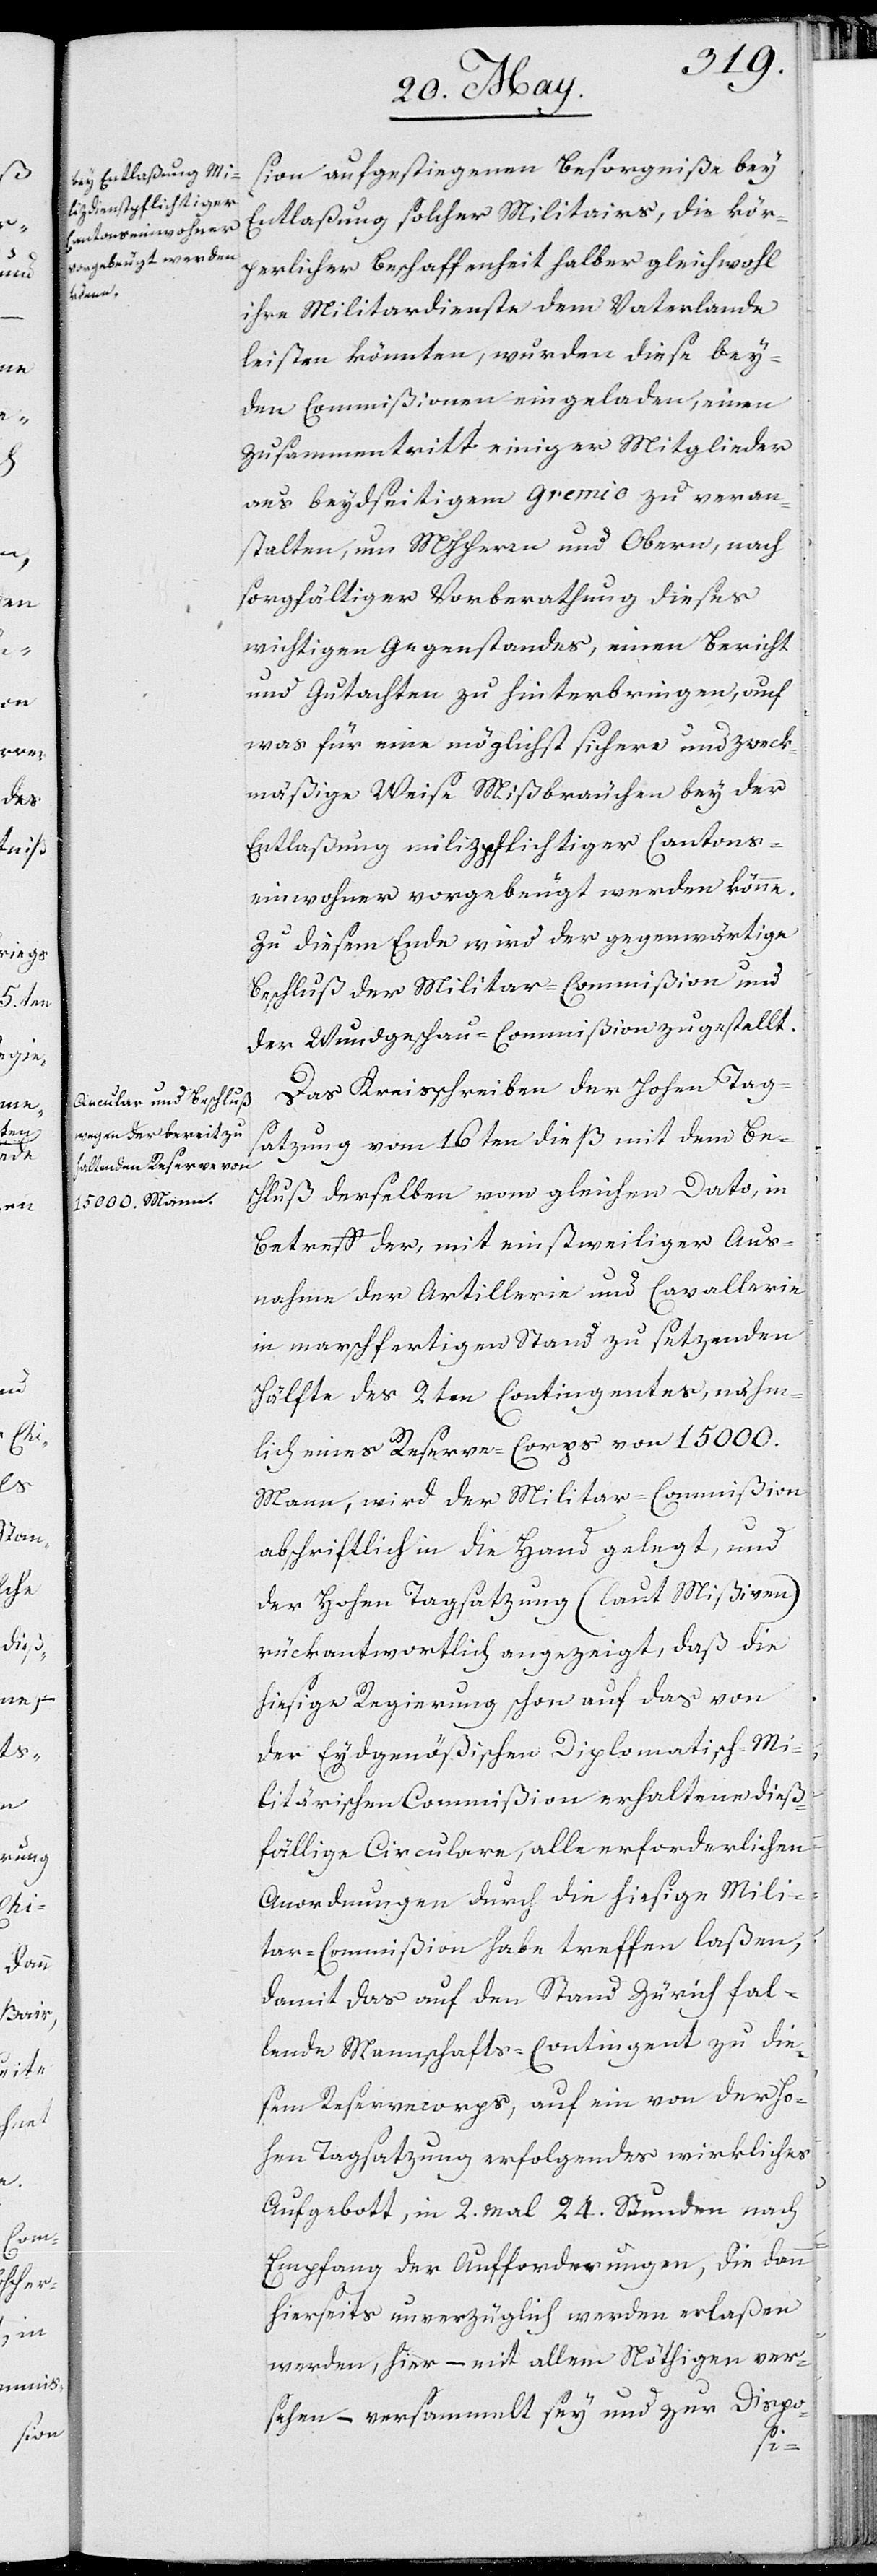
zweck¬

sion aufgestiegenen Besorgniße bey
Entlaßung solcher Militairs, die kör¬
perlicher Beschaffenheit halber gleichwohl
ihre Militardienste dem Vaterlande
leisten könnten, wurden diese bey¬
den Commißionen eingeladen, einen
Zusammentritt einiger Mitglieder
aus beydseitigem Gremio zu veran¬
stalten, um MHHerren und Oberen, nach
sorgfältiger Vorberathung dieses
wichtigen Gegenstandes, einen Bericht
und Gutachten zu hinterbringen, auf
mäßige Weise Mißbräuche bey der
Entlaßung milizpflichtiger Cantons¬
einwohner vorgebeugt werden könne.
Zu diesem Ende wird der gegenwärtige
Beschluß der Militar-Commißion und
der Wundgeschau-Commißion zugestellt.
Das Kreisschreiben der Hohen Tag¬
satzung vom 16ten dieß mit dem Be¬
schluß derselben vom gleichen Dato, in
Betreff der, mit einstweiliger Aus¬
nahme der Artillerie und Cavallerie
in marschfertigen Stand zu setzenden
Hälfte des 2ten Contingentes, näm¬
lich eines Reserve-Corps von 15000.
Mann, wird der Militar-Commißion
abschriftlich in die Hand gelegt, und
der Hohen Tagsatzung (laut Mißiven)
rückantwortlich angezeigt, daß die
hiesige Regierung schon auf das von
der Eydsgenößischen Diplomatisch-Mi¬
litärischen Commißion erhaltene dieß¬
fällige Circulare, alle erforderlichen
Anordnungen durch die hiesige Mili¬
tar-Commißion habe treffen laßen,
damit das auf den Stand Zürich fal¬
lende Mannschaftscontingent zu die¬
sem Reservecorps, auf ein von der Ho¬
hen Tagsatzung erfolgendes wirkliches
Aufgebott, in 2. mal 24. Stunden nach
Empfang der Aufforderungen, die dann
hierseits unverzüglich werden erlaßen
werden, hier – mit allem Nöthigen ver¬
sehen – versammelt sey und zur Dispo-
eine

und